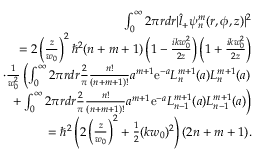
\begin{array} { r l r } & { } & { \int _ { 0 } ^ { \infty } 2 \pi r d r | \hat { l } _ { + } \psi _ { n } ^ { m } ( r , \phi , z ) | ^ { 2 } } \\ & { } & { = 2 \left( \frac { z } { w _ { 0 } } \right) ^ { 2 } \hbar ^ { 2 } ( n + m + 1 ) \left( 1 - \frac { i k w _ { 0 } ^ { 2 } } { 2 z } \right) \left( 1 + \frac { i k w _ { 0 } ^ { 2 } } { 2 z } \right) } \\ & { } & { \cdot \frac { 1 } { w _ { 0 } ^ { 2 } } \left( \int _ { 0 } ^ { \infty } 2 \pi r d r \frac { 2 } { \pi } \frac { n ! } { ( n + m + 1 ) ! } a ^ { m + 1 } \mathrm { e } ^ { - a } L _ { n } ^ { m + 1 } ( a ) L _ { n } ^ { m + 1 } ( a ) \right. } \\ & { } & { \left. \ \ + \int _ { 0 } ^ { \infty } 2 \pi r d r \frac { 2 } { \pi } \frac { n ! } { ( n + m + 1 ) ! } a ^ { m + 1 } \mathrm { e } ^ { - a } L _ { n - 1 } ^ { m + 1 } ( a ) L _ { n - 1 } ^ { m + 1 } ( a ) \right) } \\ & { } & { = \hbar ^ { 2 } \left( 2 \left( \frac { z } { w _ { 0 } } \right) ^ { 2 } + \frac { 1 } { 2 } ( k w _ { 0 } ) ^ { 2 } \right) ( 2 n + m + 1 ) . } \end{array}